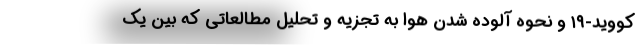
کووید-۱۹ و نحوه آلوده شدن هوا به تجزیه و تحلیل مطالعاتی که بین یک